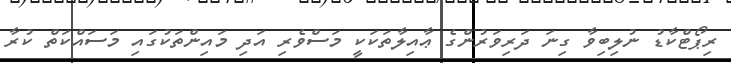
ރިޕޯޓްކާޑު ނުލިބިވާ ގިނަ ދަރިވަރުންގެ ޢާއިލާތަކަކީ މަސްވެރި އަދި މައިންތަކުގައި މަސައްކަތް ކުރާ